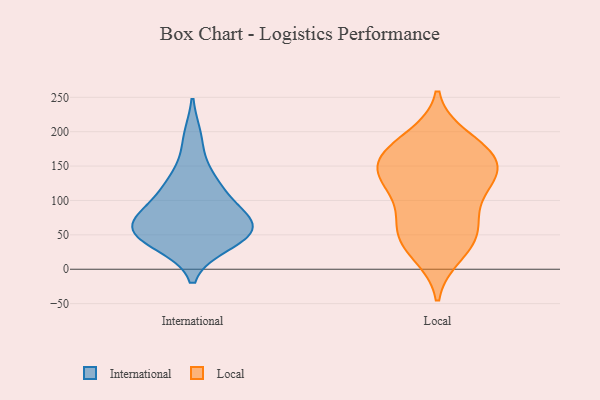
{"axis": {"x": "Humidity (%)", "y": "Value"}, "legend": ["International", "Local"], "data": [{"x": "", "y": 102, "type": "International"}, {"x": "", "y": 79, "type": "International"}, {"x": "", "y": 53, "type": "International"}, {"x": "", "y": 65, "type": "International"}, {"x": "", "y": 38, "type": "International"}, {"x": "", "y": 73, "type": "International"}, {"x": "", "y": 60, "type": "International"}, {"x": "", "y": 190, "type": "International"}, {"x": "", "y": 51, "type": "International"}, {"x": "", "y": 46, "type": "International"}, {"x": "", "y": 123, "type": "International"}, {"x": "", "y": 132, "type": "International"}, {"x": "", "y": 33, "type": "Local"}, {"x": "", "y": 55, "type": "Local"}, {"x": "", "y": 159, "type": "Local"}, {"x": "", "y": 133, "type": "Local"}, {"x": "", "y": 123, "type": "Local"}, {"x": "", "y": 117, "type": "Local"}, {"x": "", "y": 175, "type": "Local"}, {"x": "", "y": 22, "type": "Local"}, {"x": "", "y": 141, "type": "Local"}, {"x": "", "y": 67, "type": "Local"}, {"x": "", "y": 160, "type": "Local"}, {"x": "", "y": 178, "type": "Local"}, {"x": "", "y": 143, "type": "Local"}, {"x": "", "y": 48, "type": "Local"}, {"x": "", "y": 191, "type": "Local"}, {"x": "", "y": 83, "type": "Local"}]}